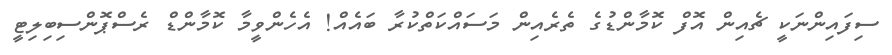
ސިފައިންނަކީ ޗެއިން އޮފް ކޮމާންޑުގެ ތެރެއިން މަސައްކަތްކުރާ ބައެއް! އެހެންވީމާ ކޮމާންޑް ރެސްޕޮންސިބިލިޓީ